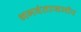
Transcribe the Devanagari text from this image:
भगवंतासमोर